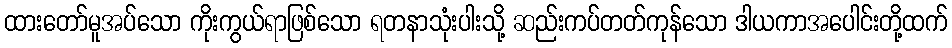
ထားတော်မူအပ်သော ကိုးကွယ်ရာဖြစ်သော ရတနာသုံးပါးသို့ ဆည်းကပ်တတ်ကုန်သော ဒါယကာအပေါင်းတို့ထက်